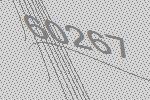
60267